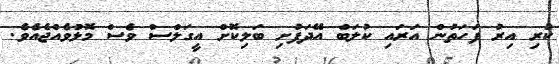
ކުރި އިރު ފަހަތުން އަރައި ކުލަބް އޭދަފުށި ބަލިކޮށް އީގަލްސް ވެސް މޮޅުވެއްޖެއެވެ.